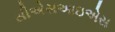
સીએસઆઇએસ